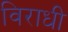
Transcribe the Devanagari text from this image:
विराधी